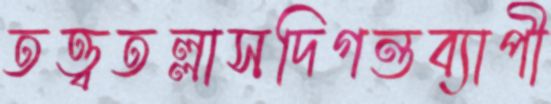
তত্ত্বতল্লাসদিগন্তব্যাপী